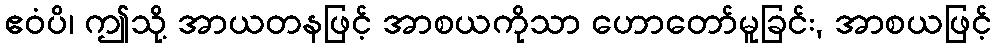
ဧဝံပိ၊ ဤသို့ အာယတနဖြင့် အာစယကိုသာ ဟောတော်မူခြင်း, အာစယဖြင့်